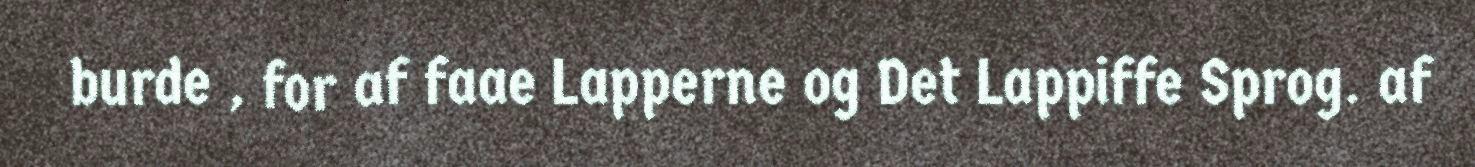
burde , for af faae Lapperne og Det Lappiffe Sprog. af